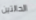
الحالتين